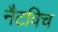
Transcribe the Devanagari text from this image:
नैटविच